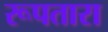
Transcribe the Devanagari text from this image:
रूपतारा